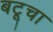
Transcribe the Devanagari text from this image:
बटूचा